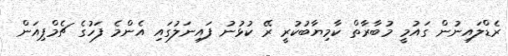
ރެޑްލައިނުން ގައުމީ މުބާރާތް ކާމިޔާބުކުރީ ރޭ ކުޅުނު ފައިނަލުގައި އެންމެ ފަހުގެ ޗެމްޕިއަން